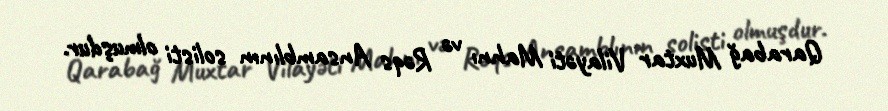
Qarabağ Muxtar Vilayəti Mahnı və Rəqs Ansamblının solisti olmuşdur.